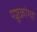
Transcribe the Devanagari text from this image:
पञ्चक्रोश्या